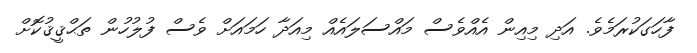
ފާހަގަކުރަމެވެ. އަދި މިއިން އެއްވެސް މައްސަލައެއް މިއަދާ ހަމައަށް ވެސް ފުލުހުން ތަޙްޤީޤުކޮށް